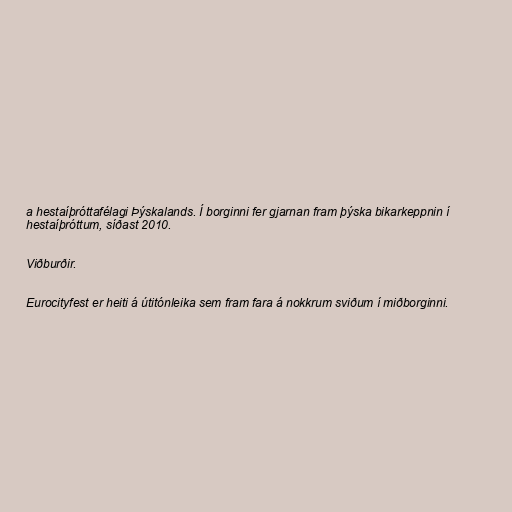
a hestaíþróttafélagi Þýskalands. Í borginni fer gjarnan fram þýska bikarkeppnin í
hestaíþróttum, síðast 2010.

Viðburðir.

Eurocityfest er heiti á útitónleika sem fram fara á nokkrum sviðum í miðborginni.